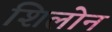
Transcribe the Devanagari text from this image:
शिलोन